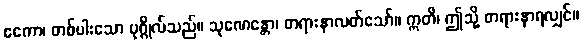
ဧကော၊ တစ်ပါးသော ပုဂ္ဂိုလ်သည်။ သုဏေန္တော၊ တရားနာလတ်သော်။ ဣတိ၊ ဤသို့ တရားနာရလျှင်။